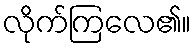
လိုက်ကြလေ၏။